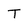
Character: T